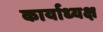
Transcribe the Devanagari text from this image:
कार्याध्‍यक्ष